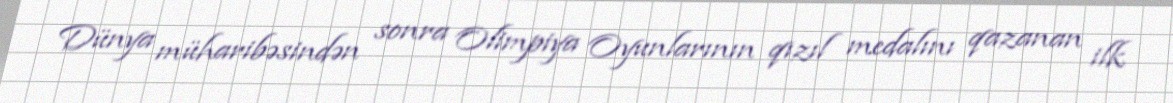
Dünya müharibəsindən sonra Olimpiya Oyunlarının qızıl medalını qazanan ilk